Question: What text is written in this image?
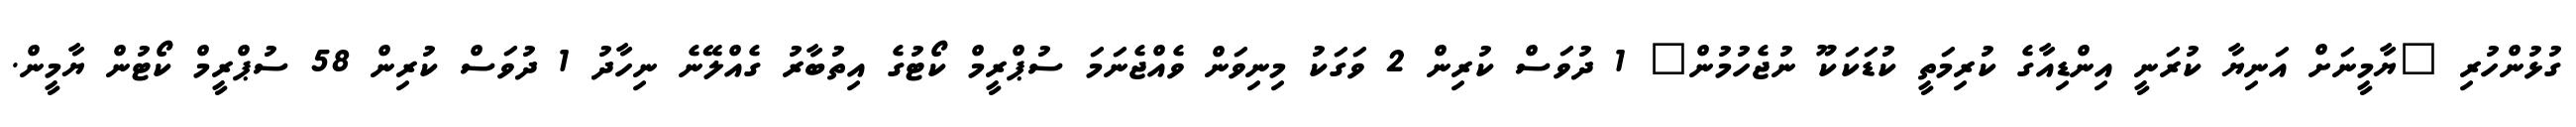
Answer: ގުޅުންހުރި "ޔާމީނަށް އަނިޔާ ކުރަނީ އިންޑިއާގެ ކުރިމަތީ ކުޑަކަކޫ ނުޖެހުމުން" 1 ދުވަސް ކުރިން 2 ވަގަކު މިނިވަން ވެއްޖެނަމަ ސުޕްރީމް ކޯޓުގެ އިތުބާރު ގެއްލޭނެ ނިހާދު 1 ދުވަސް ކުރިން 58 ސުޕްރީމް ކޯޓުން ޔާމީން.